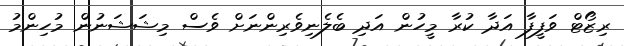
ރިޒޯޓް ވަފީފާ އަދާ ކުރާ މީހުން އަދި ބެލެނިވެރިންނަށް ވެސް މިޝަޝަނުން މުހިންމު